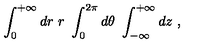
\int _ { 0 } ^ { + \infty } d r \ r \ \int _ { 0 } ^ { 2 \pi } d \theta \ \int _ { - \infty } ^ { + \infty } d z \ ,